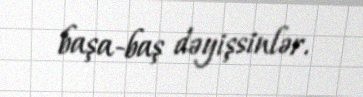
başa-baş dəyişsinlər.